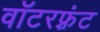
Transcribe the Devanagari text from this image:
वाॅटरफ़्रंट